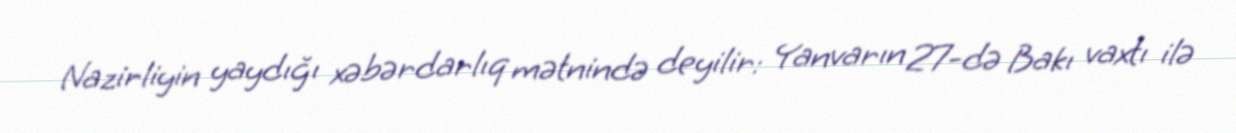
Nazirliyin yaydığı xəbərdarlıq mətnində deyilir: Yanvarın 27-də Bakı vaxtı ilə